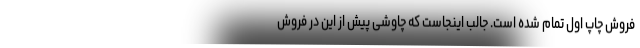
فروش چاپ اول تمام شده است. جالب اینجاست که چاوشی پیش از این در فروش